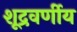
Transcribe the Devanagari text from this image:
शूद्रवर्णीय